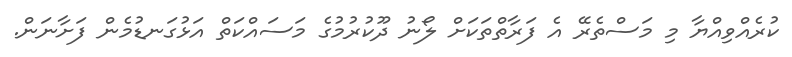
ކުރެއްވިއްޔާ މި މަސްތެރޭ އެ ފަރާތްތަކަށް ލޯނު ދޫކުރުމުގެ މަސައްކަތް އަޅުގަނޑުމެން ފަށާނަން.